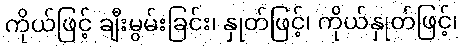
ကိုယ်ဖြင့် ချီးမွမ်းခြင်း၊ နှုတ်ဖြင့်၊ ကိုယ်နှုတ်ဖြင့်၊